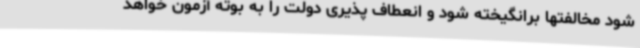
شود مخالفتها برانگیخته شود و انعطاف پذیری دولت را به بوته آزمون خواهد